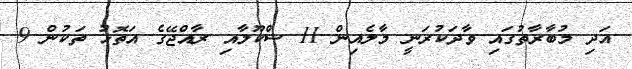
އަދި މުބާރާތުގައި ވާދަކުރަނީ މާލެއިން 11 ސްކޫލާއި ރާއްޖޭގެ އަތޮޅު ތަކުން 9